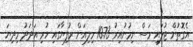
އެގޮތުން ޖުލައި މަސް ނިމުނުއިރު 10.73 މިލިއަން ރުފިޔާގައި ހުރި އަދަދު މިދިޔަ